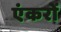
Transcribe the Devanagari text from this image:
एंकरों